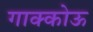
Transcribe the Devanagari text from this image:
गाक्कोऊ